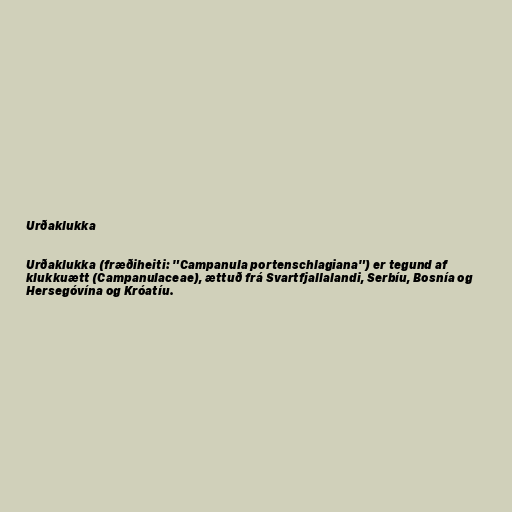
Urðaklukka

Urðaklukka (fræðiheiti: "Campanula portenschlagiana") er tegund af
klukkuætt (Campanulaceae), ættuð frá Svartfjallalandi, Serbíu, Bosnía og
Hersegóvína og Króatíu.